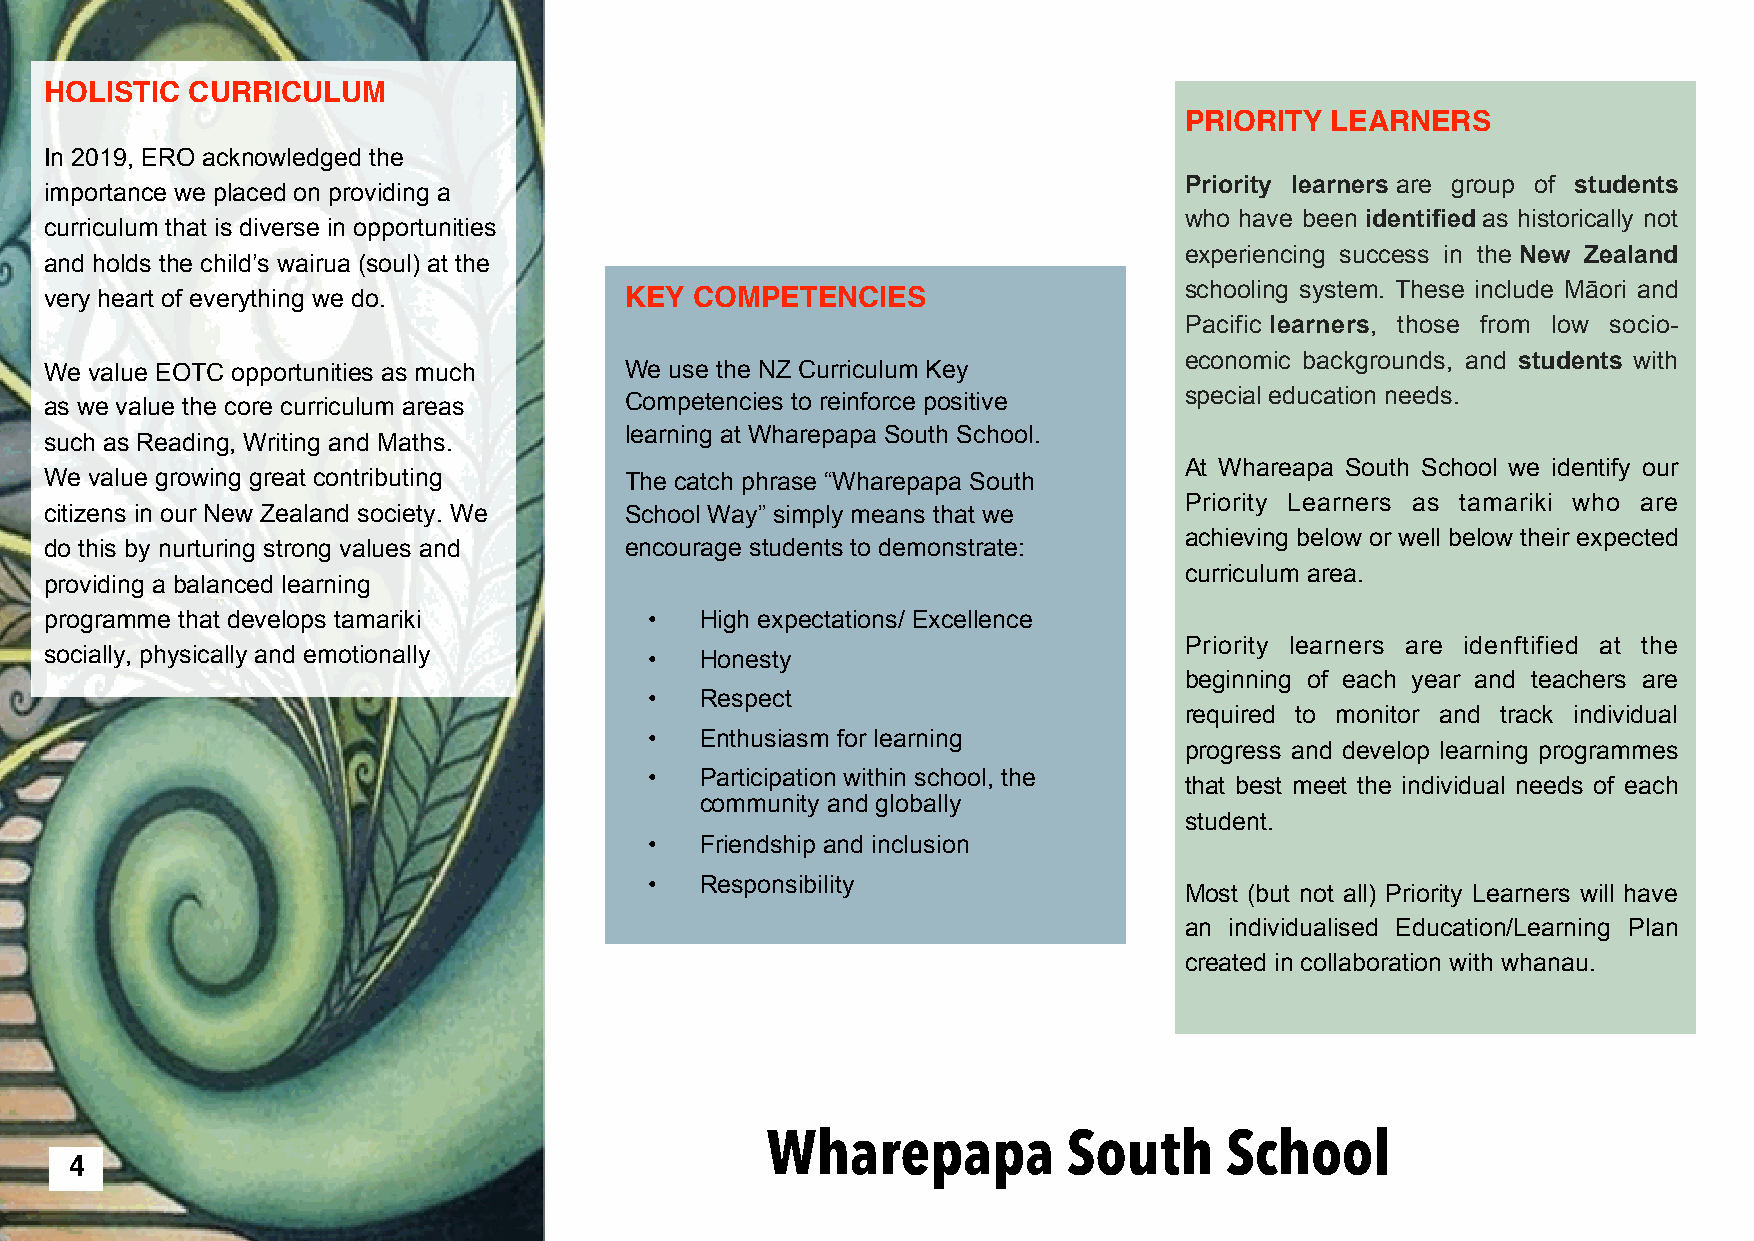
HOLISTIC CURRICULUM
 PRIORITY  LEARNERS
 In 2019, ERO acknowledged the
 Priority learners are group of students
 importance we placed on providing a
 who have been identified as historically not
 curriculum that is diverse in opportunities
 experiencing success in the New Zealand
 and holds the child’s wairua (soul) at the
 very heart of everything we do.       KEY  COMPETENCIES                    schooling system. These include Māori and
 Pacific learners, those from low socio-
 economic backgrounds, and students with
 We value EOTC opportunities as much   We use the NZ Curriculum Key
 as we value the core curriculum areas Competencies to reinforce positive   special education needs.
 learning at Wharepapa South School.
 such as Reading, Writing and Maths.
 At Whareapa South School we identify our
 We value growing great contributing   The catch phrase “Wharepapa South
 Priority Learners as tamariki who are
 citizens in our New Zealand society. We School Way” simply means that we
 achieving below or well below their expected
 do this by nurturing strong values and encourage students to demonstrate:
 curriculum area.
 providing a balanced learning
 programme that develops tamariki        •  High expectations/ Excellence
 Priority learners are idenftified at the
 socially, physically and emotionally    •  Honesty
 beginning of each year and teachers are
 •  Respect
 required to monitor and track individual
 •  Enthusiasm for learning
 progress and develop learning programmes
 •  Participation within school, the
 that best meet the individual needs of each
 community and globally
 student.
 •  Friendship and inclusion
 •  Responsibility
 Most (but not all) Priority Learners will have
 an individualised Education/Learning Plan
 created in collaboration with whanau.
 Wharepapa           South     School
 4